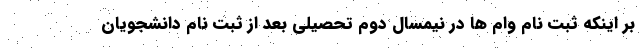
بر اینکه ثبت نام وام ها در نیمسال دوم تحصیلی بعد از ثبت نام دانشجویان